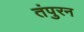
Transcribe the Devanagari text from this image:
तंपुरन